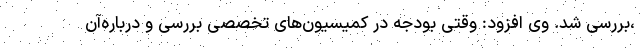
،بررسی شد. وی افزود: وقتی بودجه در کمیسیون‌های تخصصی بررسی و درباره‌آن